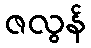
ဇလွန်